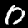
Digit: 0